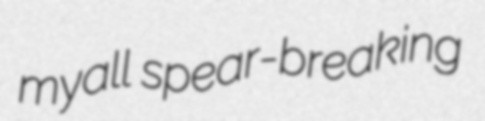
myall spear-breaking